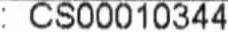
: CS00010344